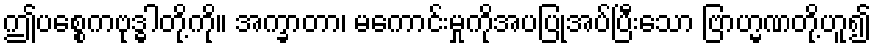
ဤပစ္စေကဗုဒ္ဓါတို့ကို။ အက္ခာတာ၊ မကောင်းမှုကိုအပပြုအပ်ပြီးသော ဗြာဟ္မဏတို့ဟူ၍